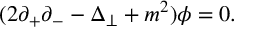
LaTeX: ( 2 \partial _ { + } \partial _ { - } - \Delta _ { \perp } + m ^ { 2 } ) { \phi } = 0 .